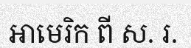
អាមេរិក ពី ស. រ.